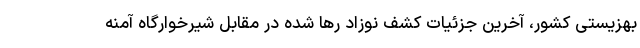
بهزیستی کشور، آخرین جزئیات کشف نوزاد رها شده در مقابل شیرخوارگاه آمنه